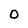
Character: 0